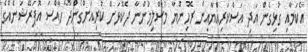
އެކަމާއި ގުޅިގެން އަދި އަސްކަރިއްޔާއިން ރޮހިންޔާ މުސްލިމުންނާ ދެކޮޅަށް ކުރިއަށްގެންދާ ހާއްސަ އޮޕަރޭޝަނެއްގެ